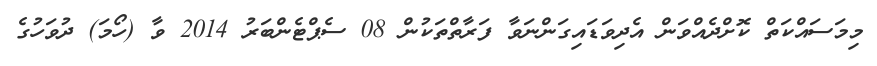
މިމަސައްކަތް ކޮށްދެއްވަން އެދިވަޑައިގަންނަވާ ފަރާތްތަކުން 08 ސެޕްޓެންބަރު 2014 ވާ (ހޯމަ) ދުވަހުގެ